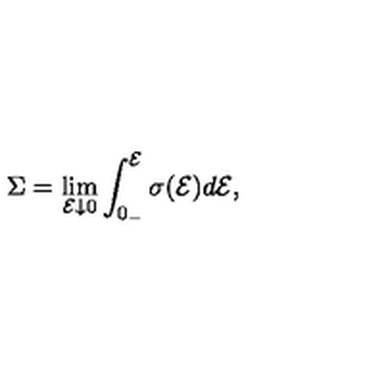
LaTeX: \Sigma = \lim _ { { \cal E } \downarrow 0 } \int _ { 0 _ { - } } ^ { \cal E } \sigma ( { \cal E } ) d { \cal E } ,